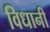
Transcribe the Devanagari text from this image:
विधानी